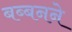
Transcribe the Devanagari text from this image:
बब्बनने